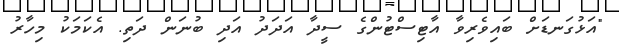
"އަޅުގަނޑަށް ބައިވެރިވާ އާޓިސްޓުންގެ ސީދާ އަދަދު އަދި ބުނަން ދަތި. އެކަމަކު މިހާރު